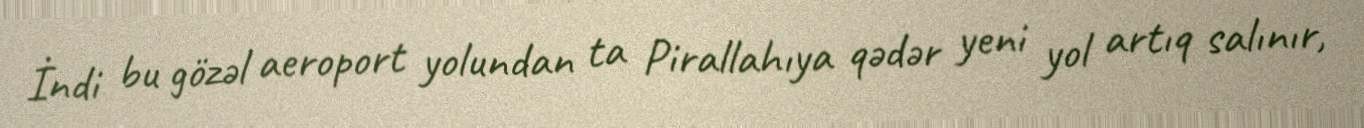
İndi bu gözəl aeroport yolundan ta Pirallahıya qədər yeni yol artıq salınır,